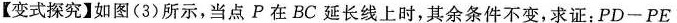
【变式探究】如图(3)所示，当点P在BC延长线上时，其余条件不变，求证：$$P D - P E